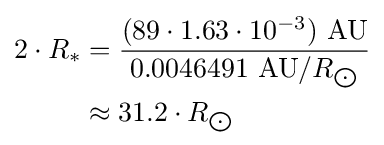
{\begin{aligned}2\cdot R_{*}&={\frac {(89\cdot 1.63\cdot 10^{-3})\ {\text{AU}}}{0.0046491\ {\text{AU}}/R_{\bigodot }}}\\&\approx 31.2\cdot R_{\bigodot }\end{aligned}}